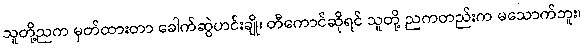
သူတို့ညက မှတ်ထားတာ ခေါက်ဆွဲဟင်းချို၊ တီကောင်ဆိုရင် သူတို့ ညကတည်းက မသောက်ဘူး၊